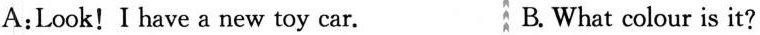
A:Look! I have a new toy car. B.What colour is it?